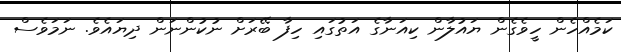
ކަމެއްހެން ހީވެގެން ޔައުލާން ކިއަނާގެ އަތުގައި ހިފާ ބޭރަށް ނުކުންނަން ދިޔައެވެ. ނަމަވެސް